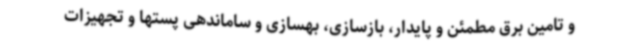
و تامین برق مطمئن و پایدار، بازسازی، بهسازی و ساماندهی پستها و تجهیزات